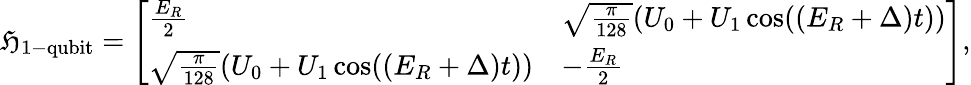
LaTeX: \mathfrak{H}_{\mathrm{{1-qubit}}}=\left[\begin{array}{ll}{\frac{E_{R}}{2}}&{\sqrt{\frac{\pi}{128}}(U_{0}+U_{1}\cos((E_{R}+\Delta)t))}\\ {\sqrt{\frac{\pi}{128}}(U_{0}+U_{1}\cos((E_{R}+\Delta)t))}&{-\frac{E_{R}}{2}}\end{array}\right],